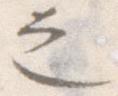
之